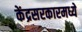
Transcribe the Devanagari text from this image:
केंद्रसरकारमध्ये